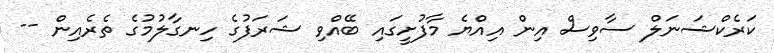
ކަރެކްޝަނަލް ސާވިސް އިން އިއްޔެ މާފުށީގައި ބޭއްވި ޝަރަފުގެ ހިނގާލުމުގެ ތެރެއިން --